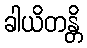
ခါယိတန္တိ